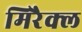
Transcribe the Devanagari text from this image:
मिरैक्ल